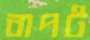
বাপট